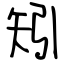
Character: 矧